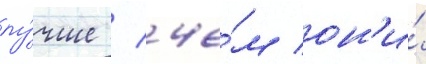
лу́чше / че́м он'и́